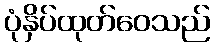
ပုံနှိပ်ထုတ်ဝေသည်